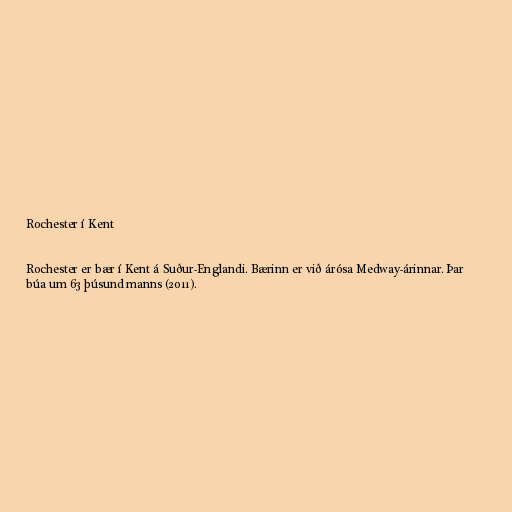
Rochester í Kent

Rochester er bær í Kent á Suður-Englandi. Bærinn er við árósa Medway-árinnar. Þar
búa um 63 þúsund manns (2011).